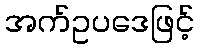
အက်ဥပဒေဖြင့်